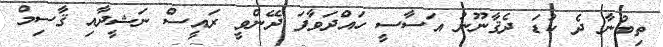
ތިބުނާ ދެ ކުޑަ ދެޤާނޫނު އަސާސީ ހައްދަވާފަ ދޭންވީ ރައީސް ނަޝީދާއި ޤާސިމް